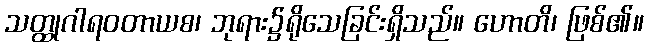
သတ္ထုဂါရဝတာယစ၊ ဘုရား၌ရိုသေခြင်းရှိသည်။ ဟောတိ၊ ဖြစ်၏။